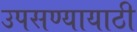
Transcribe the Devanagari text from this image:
उपसण्यायाठी